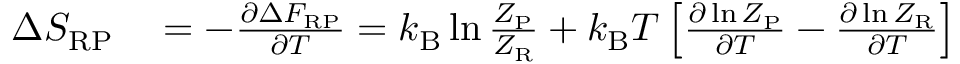
\begin{array} { r l } { \Delta S _ { \mathrm { R P } } } & { { } = - \frac { \partial \Delta F _ { \mathrm { R P } } } { \partial T } = k _ { \mathrm { B } } \ln \frac { Z _ { \mathrm { P } } } { Z _ { \mathrm { R } } } + k _ { \mathrm { B } } T \left[ \frac { \partial \ln Z _ { \mathrm { P } } } { \partial T } - \frac { \partial \ln Z _ { \mathrm { R } } } { \partial T } \right] } \end{array}